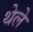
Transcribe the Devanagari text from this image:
थेले